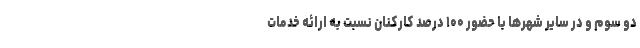
دو سوم و در سایر شهرها با حضور ۱۰۰ درصد کارکنان نسبت به ارائه خدمات